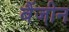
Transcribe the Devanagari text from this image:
बैंजीन